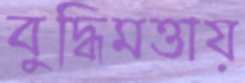
বুদ্ধিমত্তায়